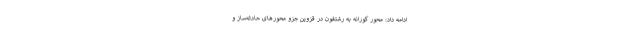
ادامه داد: محور کورانه به رشتقون در قزوین جزو محورهای حادثه‌ساز و